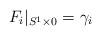
LaTeX: \begin{align*}F_i|_{S^1\times 0}=\gamma_i\end{align*}